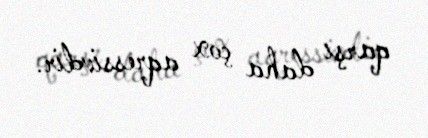
qarşı daha çox aqressivdir.